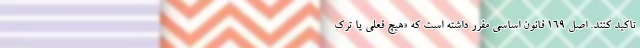
تاکید کنند. اصل 169 قانون اساسی مقرر داشته است که «هیچ فعلی یا ترک